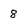
Character: 8